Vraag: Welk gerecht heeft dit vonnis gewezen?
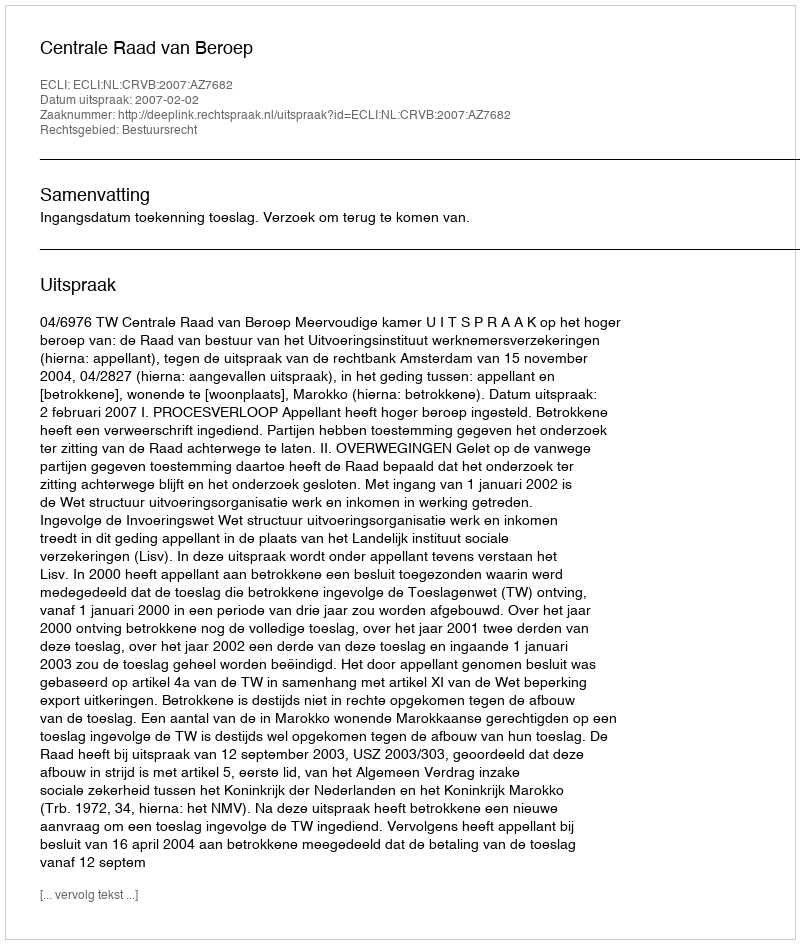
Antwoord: Centrale Raad van Beroep